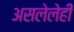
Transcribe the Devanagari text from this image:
असलेलेही